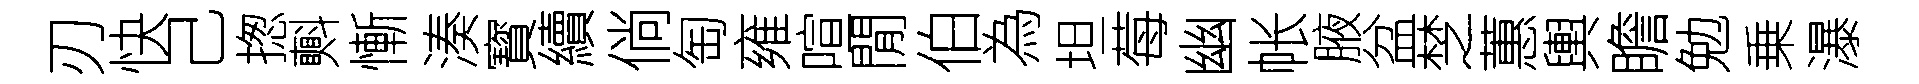
刃快己揔㪺慚湊寳續倘匋雍喧閒伯為坦莓幽帐腋盆椘蕙輿瞻勉乗瀑